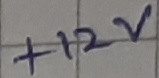
Text: +12V